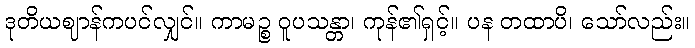
ဒုတိယဈာန်ကပင်လျှင်။ ကာမဉ္စ ဝူပသန္တာ၊ ကုန်၏ရှင့်။ ပန တထာပိ၊ သော်လည်း။